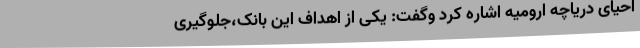
احیای دریاچه ارومیه اشاره کرد وگفت: یکی از اهداف این بانک،جلوگیری